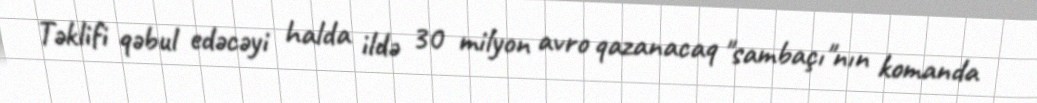
Təklifi qəbul edəcəyi halda ildə 30 milyon avro qazanacaq "sambaçı"nın komanda